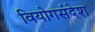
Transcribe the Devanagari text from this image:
वियोगसंदेश